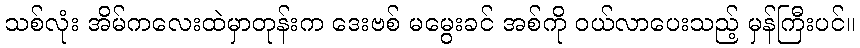
သစ်လုံး အိမ်ကလေးထဲမှာတုန်းက ဒေးဗစ် မမွေးခင် အစ်ကို ဝယ်လာပေးသည့် မှန်ကြီးပင်။